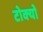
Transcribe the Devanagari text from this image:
टोक्‍यो